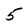
Character: 5